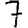
Digit: 7